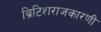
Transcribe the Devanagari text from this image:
ब्रिटिशराजकारणी